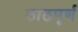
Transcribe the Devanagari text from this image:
ठाठपूर्ण